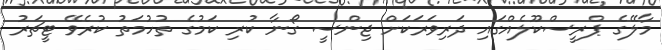
މާލޭގެ ޕްރީސްކޫލެއްގައި ދަރިވަރަކަށް ޖިންސީ ގޯނާ ކުރި ކަމުގެ ތުހުމަތު ކުރެވޭ ޓީޗަރު